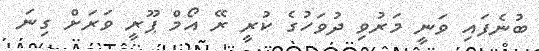
ބުނެފައި ވަނީ މަރުވި ދުވަހުގެ ކުރީ ރޭ އޯމް ޕޫރީ ވަރަށް ގިނަ